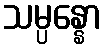
သမ္ပန္နော